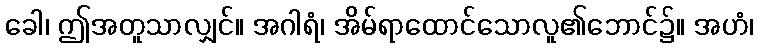
ခေါ၊ ဤအတူသာလျှင်။ အဂါရံ၊ အိမ်ရာထောင်သောလူ၏ဘောင်၌။ အဟံ၊